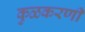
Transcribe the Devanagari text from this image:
कुळकरणी